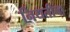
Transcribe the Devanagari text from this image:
नियतीचा